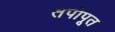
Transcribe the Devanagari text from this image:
तपोपूत